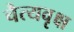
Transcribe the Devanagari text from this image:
चैत्यवृक्ष